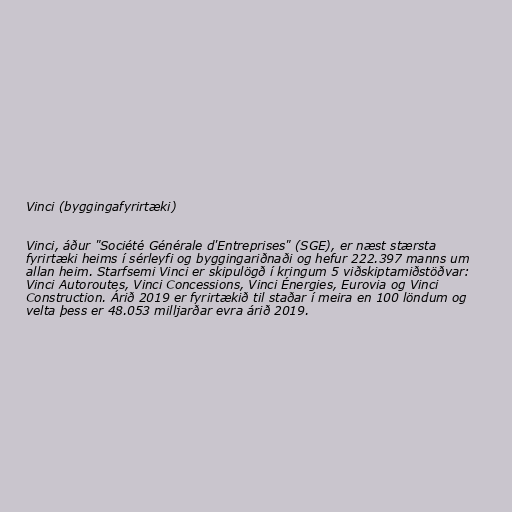
Vinci (byggingafyrirtæki)

Vinci, áður "Société Générale d'Entreprises" (SGE), er næst stærsta
fyrirtæki heims í sérleyfi og byggingariðnaði og hefur 222.397 manns um
allan heim. Starfsemi Vinci er skipulögð í kringum 5 viðskiptamiðstöðvar:
Vinci Autoroutes, Vinci Concessions, Vinci Énergies, Eurovia og Vinci
Construction. Árið 2019 er fyrirtækið til staðar í meira en 100 löndum og
velta þess er 48.053 milljarðar evra árið 2019.